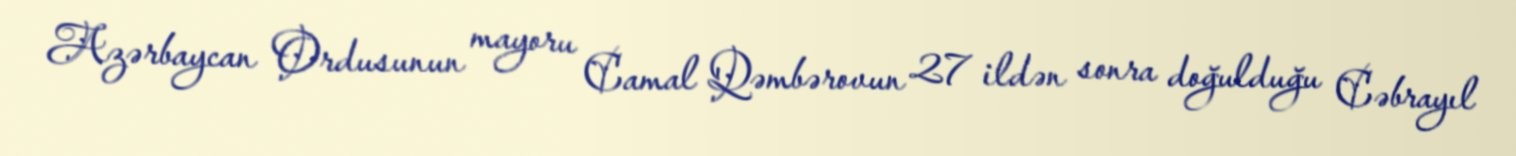
Azərbaycan Ordusunun mayoru Camal Qəmbərovun 27 ildən sonra doğulduğu Cəbrayıl